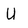
Character: U